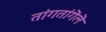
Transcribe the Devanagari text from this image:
तांगतांगॆलॆ